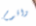
واقوم